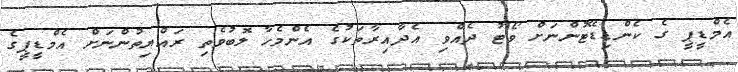
އެމްޑީޕީ ގެ ކެންޑިޑޭޓުންނަށް ވޯޓު ދެއްވި އެދާއިރާތަކުގެ އެންމެހާ ލޮބުވެތި ރައްޔިތުންނަށް އެމްޑީޕީގެ